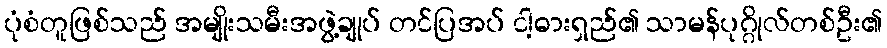
ပုံစံတူဖြစ်သည် အမျိုးသမီးအဖွဲ့ချုပ် တင်ပြအပ် ငါ့ဓားရှည်၏ သာမန်ပုဂ္ဂိုလ်တစ်ဦး၏